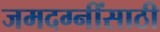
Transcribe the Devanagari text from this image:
जमदग्नींसाठी